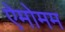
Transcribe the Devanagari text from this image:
ऐमोमम